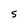
Character: 5